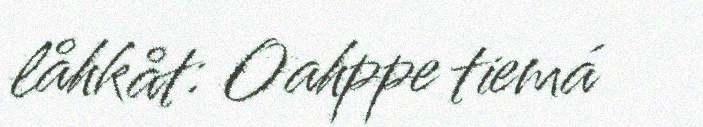
låhkåt: Oahppe tiemá